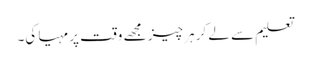
تعلیم سے لے کر ہر چیز مجھے وقت پر مہیا کی۔